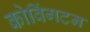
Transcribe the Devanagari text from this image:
कोविंगटन